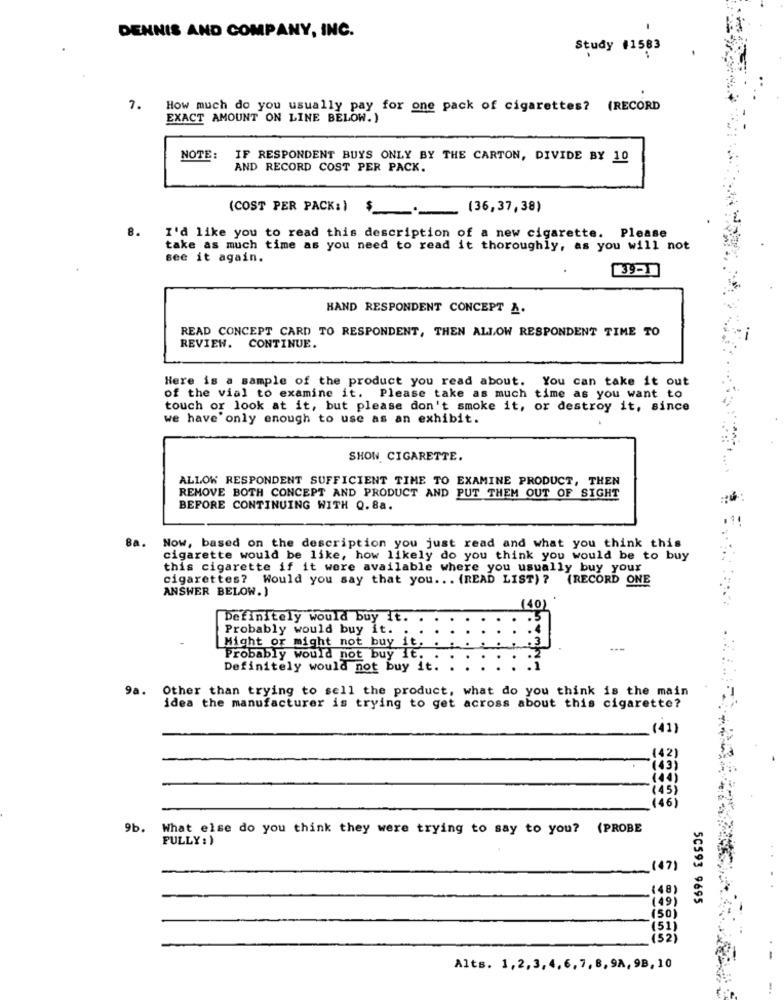
DENNIS AND COMPANY, INC.
Study #1583
7. How much do you usually pay for one pack of cigarettes? (RECORD
EXACT AMOUNT ON LINE BELOW.)
NOTE:
IF RESPONDENT BUYS ONLY BY THE CARTON, DIVIDE BY 10
AND RECORD COST PER PACK.
(36,37,38)
(COST PER PACK:) $
8.
I'd like you to read this description of a new cigarette. Please
take as much time as you need to read it thoroughly, as you will not
see it again.
HAND RESPONDENT CONCEPT A.
READ CONCEPT CARD TO RESPONDENT, THEN ALLOW RESPONDENT TIME TO
REVIEW. CONTINUE.
Here is a sample of the product you read about. You can take it out
of the vial to examine it. Please take as much time as you want to
touch or look at it, but please don't smoke it, or destroy it, since
we have'only enough to use as an exhibit.
SHOW CIGARETTE.
ALLOW RESPONDENT SUFFICIENT TIME TO EXAMINE PRODUCT, THEN
REMOVE BOTH CONCEPT AND PRODUCT AND PUT THEM OUT OF SIGHT
BEFORE CONTINUING WITH Q.8a.
8a. Now, based on the description you just read and what you think this
cigarette would be like, how likely do you think you would be to buy
this cigarette if it were available where you usually buy your
cigarettes? Would you say that you. . . (READ LIST) ? (RECORD ONE
ANSWER BELOW.)
(40)
Definitely would buy It.
Probably would buy it. .
Might or might not buy it.
---
Probably would not buy It.
Definitely would not buy it.
9a.
Other than trying to sell the product, what do you think is the main
idea the manufacturer is trying to get across about this cigarette?
_ (41)
(42)
(45)
46)
9b.
What else do you think they were trying to say to you? (PROBE
FULLY:)
47)
(48)
(49)
50593 9695
150
151;
(32
Alts. 1,2,3, 4,6,7, 8,9A, 98, 10